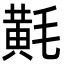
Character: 𪎷